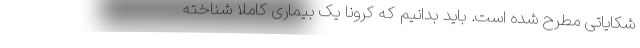
شکایاتی مطرح شده است. باید بدانیم که کرونا یک بیماری کاملا شناخته